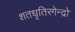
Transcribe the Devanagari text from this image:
शतधृतिरगेन्द्रो